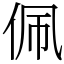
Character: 佩